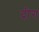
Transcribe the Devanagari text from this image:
दीग